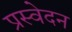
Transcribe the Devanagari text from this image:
प्रस्वेदन